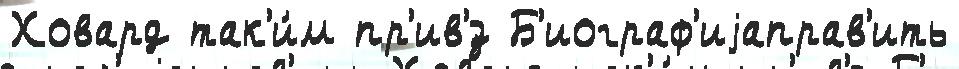
Ховард так'и́м пр'ив'́з Б'иограф'иjаправ'ить